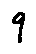
9